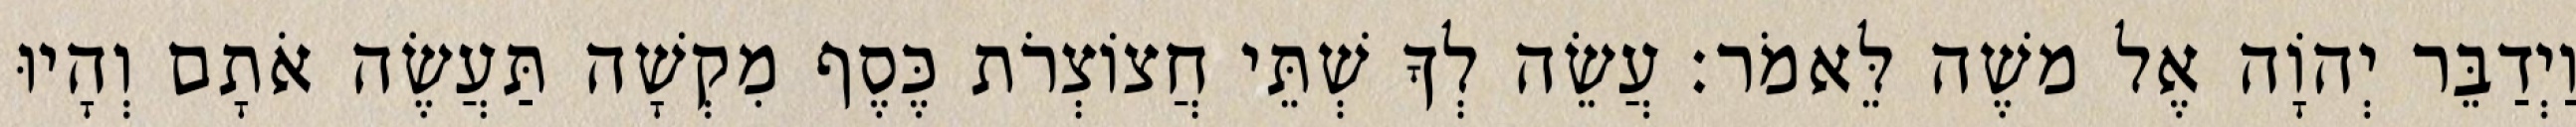
וַיְדַבֵּר יְהוָֹה אֶל משֶׁה לֵּאמֹר׃ עֲשֵׂה לְךָ שְׁתֵּי חֲצוֹצְרֹת כֶּסֶף מִקְשָׁה תַּעֲשֶׂה אֹתָם וְהָיוּ